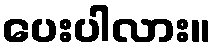
ပေးပါလား။